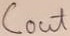
Text: Cout